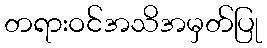
တရားဝင်အသိအမှတ်ပြု